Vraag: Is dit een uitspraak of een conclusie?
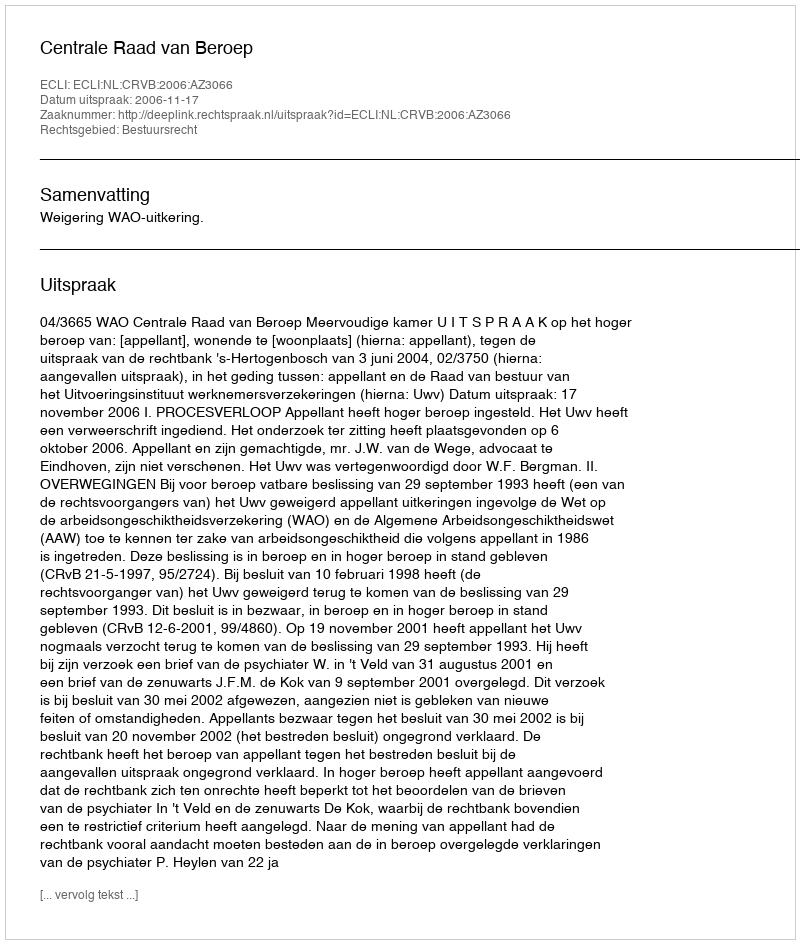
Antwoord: Uitspraak